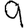
Digit: 9